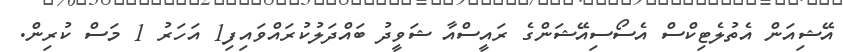
އޭޝިއަން އެތުލެޓިކްސް އެސޯސިއޭޝަންގެ ރައީސްއާ ޝަވީދު ބައްދަލުކުރައްވައިފި1 އަހަރު 1 މަސް ކުރިން.